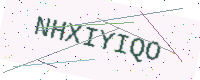
Text: NHXIYIQO